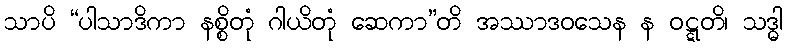
သာပိ “ပါသာဒိကာ နစ္စိတုံ ဂါယိတုံ ဆေကာ”တိ အဿာဒဝသေန န ဝဋ္ဋတိ၊ သဒ္ဓါ